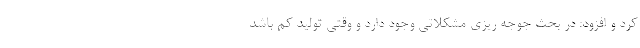
کرد و افزود: در بحث جوجه ریزی مشکلاتی وجود دارد و وقتی تولید کم باشد